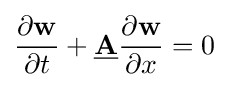
{\frac {\partial {\bf {w}}}{\partial t}}+{\bf {\underline {A}}}{\frac {\partial {\bf {w}}}{\partial x}}=0